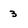
Character: 3